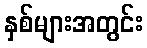
နှစ်များအတွင်း